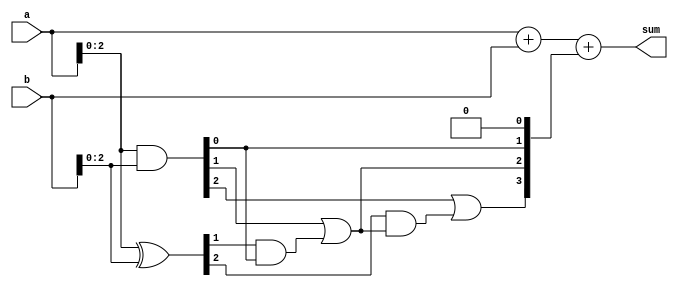
module carry_lookahead_adder (
    input [3:0] a,
    input [3:0] b,
    output [4:0] sum
);

wire [3:0] g;
wire [3:0] p;
wire [3:0] c;

assign g = a & b;
assign p = a ^ b;
assign c[0] = 1'b0;
assign c[1] = g[0] | (p[0] & c[0]);
assign c[2] = g[1] | (p[1] & c[1]);
assign c[3] = g[2] | (p[2] & c[2]);
assign c[4] = g[3] | (p[3] & c[3]);

assign sum = a + b + c;

endmodule